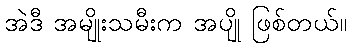
အဲဒီ အမျိုးသမီးက အပျို ဖြစ်တယ်။